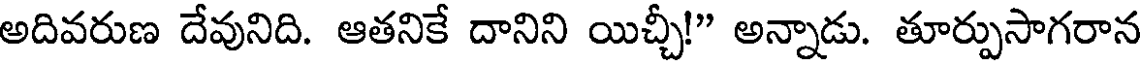
అదివరుణ దేవునిది. ఆతనికే దానిని యిచ్చీ!" అన్నాడు. తూర్పుసాగరాన